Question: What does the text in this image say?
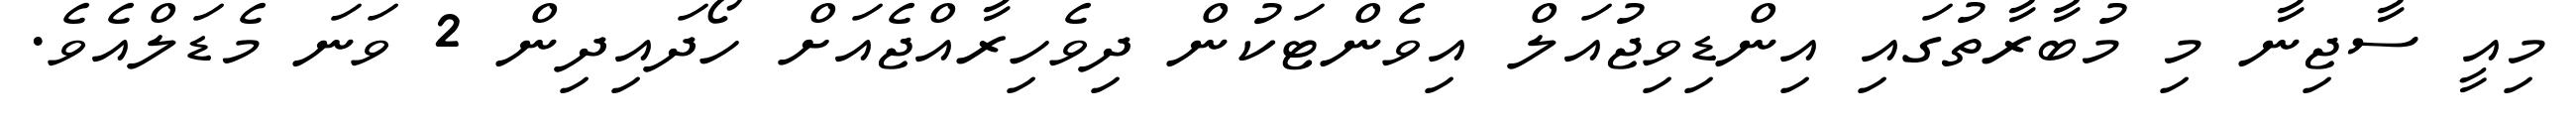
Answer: މިއީ ސާޖިނާ މި މުބާރާތުގައި އިންޑިވިޖުއަލް އިވެންޓަކުން ދިވެހިރާއްޖެއަށް ހޯދައިދިން 2 ވަނަ މެޑަލްއެވެ.